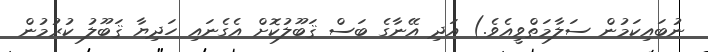
ނުބައިކަމުން ސަލާމަތްވީއެވެ.) އަދި އޭނާގެ ބަސް ޤަބޫލުކޮށް އެގެނައި ހަދިޔާ ޤަބޫލު ކުރުމުން